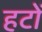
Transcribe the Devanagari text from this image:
हटों